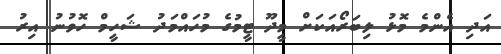
އަދި އެންމެ މޮޅު ލިބަރޯއަކަށް މީދޫ ޓީމުގެ މުހައްމަދު ޝަހީމް ހޮވުނު އިރު